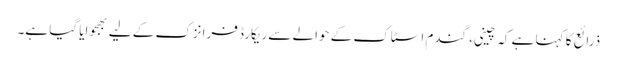
ذرائع کا کہنا ہے کہ چینی، گندم اسٹاک کے حوالے سے ریکارڈ فرانزک کے لیے بھجوایا گیا ہے۔